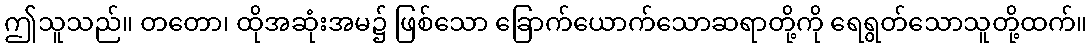
ဤသူသည်။ တတော၊ ထိုအဆုံးအမ၌ ဖြစ်သော ခြောက်ယောက်သောဆရာတို့ကို ရေရွတ်သောသူတို့ထက်။